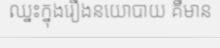
ឈ្នះក្នុងរឿងនយោបាយ គឺមាន